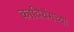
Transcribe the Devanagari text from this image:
कावियेंगच्या